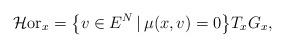
LaTeX: \begin{gather*}\mathcal{H}{\rm or}_x=\big\{v\in E^N\,|\,\mu(x,v)=0\big\} T_xG_x,\end{gather*}